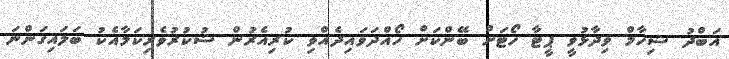
އަބްދު ޝިހާމް ވިދާޅުވީ ޕީޓާ ހޯޓަށް ބޭންކަށް ހޯއްދަވައިދެއްވި ކުރިއެރުން ޝުކުރުވެރިކަމާއެކު ބަލައިގަންނަ